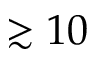
\gtrsim 1 0